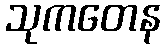
သုကတေန